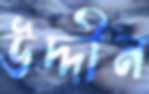
উদ্দীন